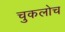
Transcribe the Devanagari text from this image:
चुकलोच